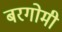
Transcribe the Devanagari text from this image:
बरगोमी